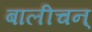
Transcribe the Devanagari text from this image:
बालीचन्